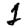
Digit: 2